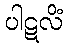
ပါဋလိံ